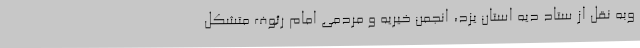
وبه نقل از ستاد دیه استان یزد،‌ انجمن خیریه و مردمی امام رئوف متشکل